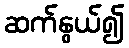
ဆက်နွယ်၍